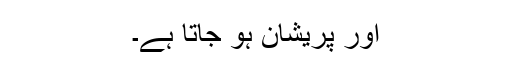
اور پریشان ہو جاتا ہے۔